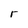
Character: r